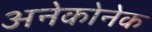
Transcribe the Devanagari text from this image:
अनेकोनेक